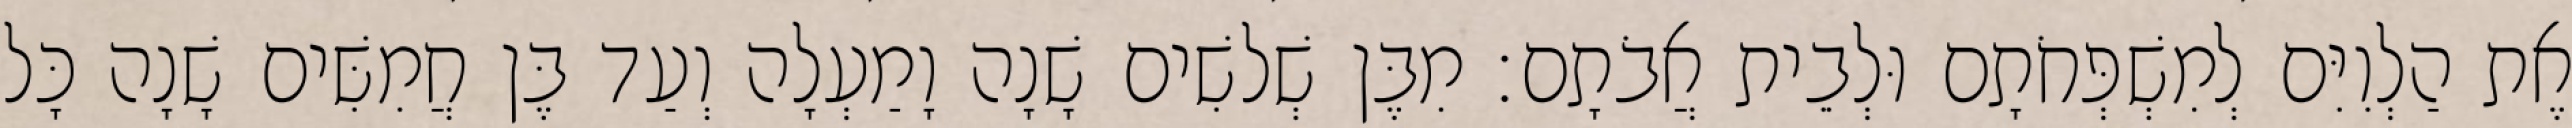
אֶת הַלְוִיִּם לְמִשְׁפְּחֹתָם וּלְבֵית אֲבֹתָם׃ מִבֶּן שְׁלשִׁים שָׁנָה וָמַעְלָה וְעַד בֶּן חֲמִשִּׁים שָׁנָה כָּל